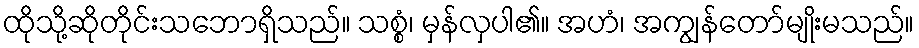
ထိုသို့ဆိုတိုင်းသဘောရှိသည်။ သစ္စံ၊ မှန်လှပါ၏။ အဟံ၊ အကျွန်တော်မျိုးမသည်။